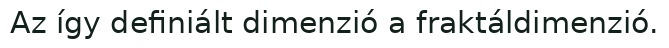
Az így definiált dimenzió a fraktáldimenzió.